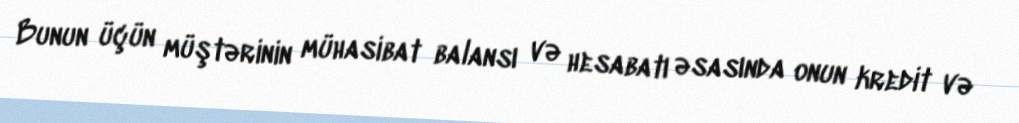
Bunun üçün müştərinin mühasibat balansı və hesabatı əsasında onun kredit və